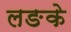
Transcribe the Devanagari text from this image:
लङके